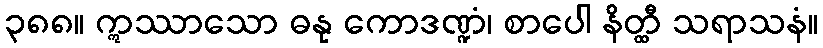
၃၈၈။ ဣဿာသော ဓနု ကောဒဏ္ဍံ၊ စာပေါ နိတ္ထီ သရာသနံ။